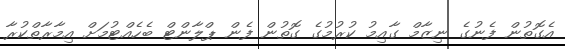
އެގޮތުން ފެނުގެ ނިޒާމް ގާއިމު ކުރުމުގެ ގޮތުން ފެން ޕްލާންޓް ބެހެއްޓުމަށް އިމާރާތްކުރާ